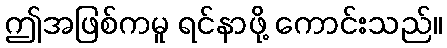
ဤအဖြစ်ကမူ ရင်နာဖို့ ကောင်းသည်။